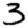
Digit: 3